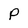
Character: p